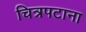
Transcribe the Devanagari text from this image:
चित्रपटाना